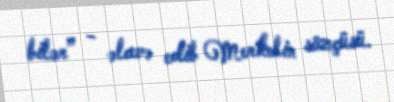
bilər” - əlavə edib Merkelin sözçüsü.